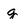
Character: g